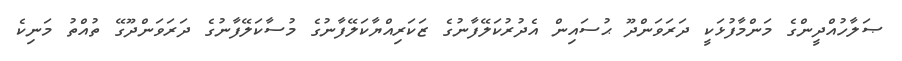
ޞަލާހުއްދީންގެ މަންމާފުޅަކީ ދަރަވަންދޫ ޙުސައިން އެދުރުކަލޭފާނުގެ ޒަކަރިއްޔާކަލޭފާނުގެ މުސާކަލޭފާނުގެ ދަރަވަންދޫގޭ ތުއްތު މަނިކެ